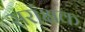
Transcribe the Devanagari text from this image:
सरांक्षक